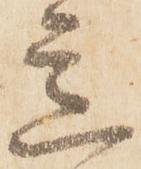
意